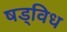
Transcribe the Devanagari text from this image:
षड्विध